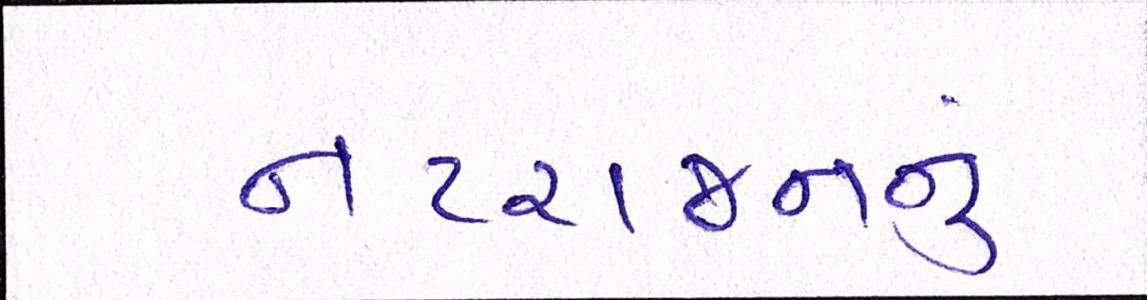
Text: નટરાજનનું